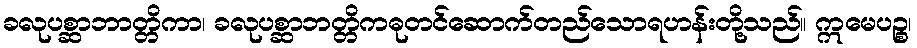
ခလုပစ္ဆာဘာတ္တိကာ၊ ခလုပစ္ဆာဘတ္တိကဓုတင်ဆောက်တည်သောရဟန်းတို့သည်။ ဣမေပဉ္စ၊